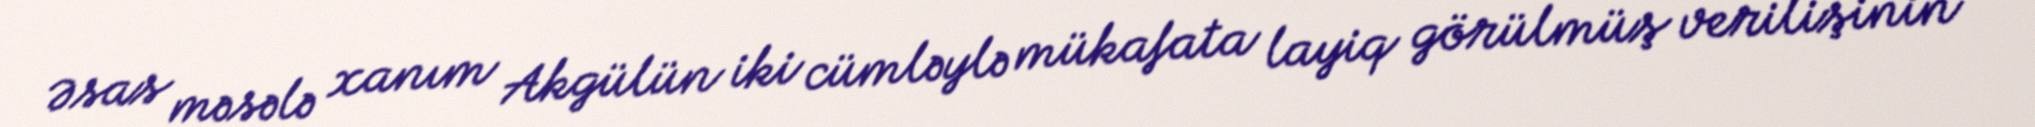
Əsas məsələ xanım Akgülün iki cümləylə mükafata layiq görülmüş verilişinin